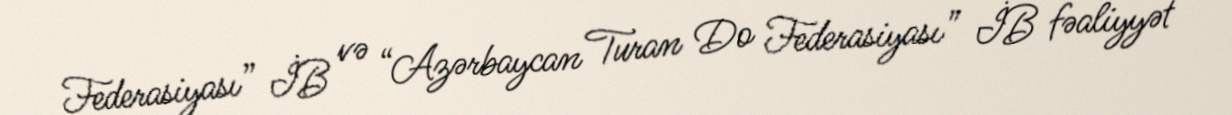
Federasiyası” İB və “Azərbaycan Turan Do Federasiyası” İB fəaliyyət